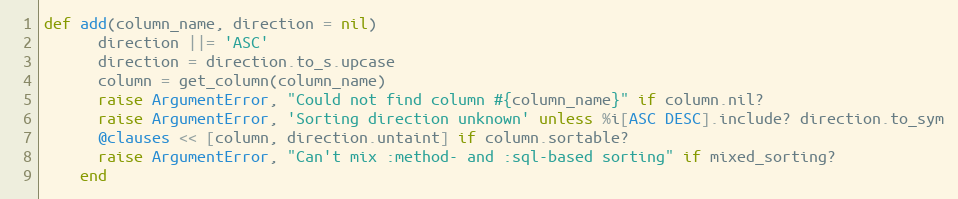
Language: Ruby
def add(column_name, direction = nil)
      direction ||= 'ASC'
      direction = direction.to_s.upcase
      column = get_column(column_name)
      raise ArgumentError, "Could not find column #{column_name}" if column.nil?
      raise ArgumentError, 'Sorting direction unknown' unless %i[ASC DESC].include? direction.to_sym
      @clauses << [column, direction.untaint] if column.sortable?
      raise ArgumentError, "Can't mix :method- and :sql-based sorting" if mixed_sorting?
    end